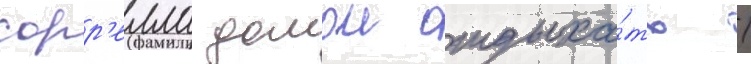
сорр'елла домои отдыха́ть /